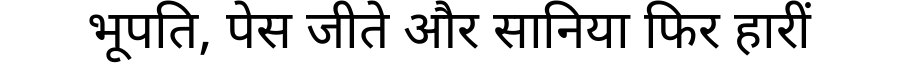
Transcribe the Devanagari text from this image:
भूपति, पेस जीते और सानिया फिर हारीं